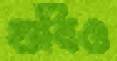
গুবিও